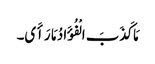
مَا کَذَبَ الْفُؤَادُ مَا رَأَی۔